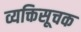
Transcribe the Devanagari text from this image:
व्यक्तिसूचक